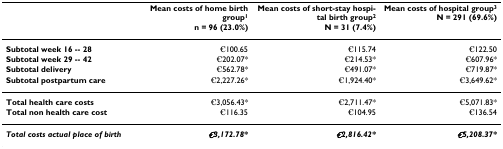
<table><thead><tr><td></td><td><b>Mean costs of home birth group<sup>1</sup>n = 96 (23.0%)</b></td><td><b>Mean costs of short-stay hospital birth group<sup>2</sup>N = 31 (7.4%)</b></td><td><b>Mean costs of hospital group<sup>3</sup>N = 291 (69.6%)</b></td></tr></thead><tbody><tr><td><b>Subtotal week 16 -- 28</b></td><td>€100.65</td><td>€115.74</td><td>€122.50</td></tr><tr><td><b>Subtotal week 29 -- 42</b></td><td>€202.07*</td><td>€214.53*</td><td>€607.96*</td></tr><tr><td><b>Subtotal delivery</b></td><td>€562.78*</td><td>€491.07*</td><td>€719.87*</td></tr><tr><td><b>Subtotal postpartum care</b></td><td>€2,227.26*</td><td>€1,924.40*</td><td>€3,649.62*</td></tr><tr><td><b>Total health care costs</b></td><td>€3,056.43*</td><td>€2,711.47*</td><td>€5,071.83*</td></tr><tr><td><b>Total non health care cost</b></td><td>€116.35</td><td>€104.95</td><td>€136.54</td></tr><tr><td><b><i>Total costs actual place of birth</i></b></td><td><b><i>€3,172.78*</i></b></td><td><b><i>€2,816.42*</i></b></td><td><b><i>€5,208.37*</i></b></td></tr></tbody></table>